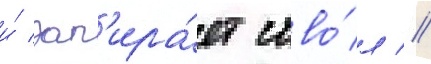
и́ зап'ира́ет ство́л //